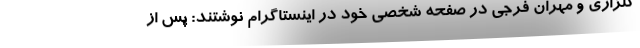
گلزاری و مهران فرجی در صفحه شخصی خود در اینستاگرام نوشتند: پس از